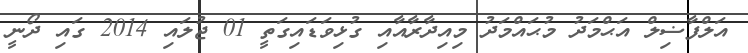
އަލްފާޟިލް އަޙްމަދު މުޙައްމަދު މިއިދާރާއާއި ގުޅިވަޑައިގަތީ 01 ޖުލައި 2014 ގައި ދޯނީ